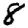
Digit: 8